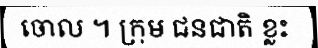
ចោល ។ ក្រុម ជនជាតិ ខ្លះ